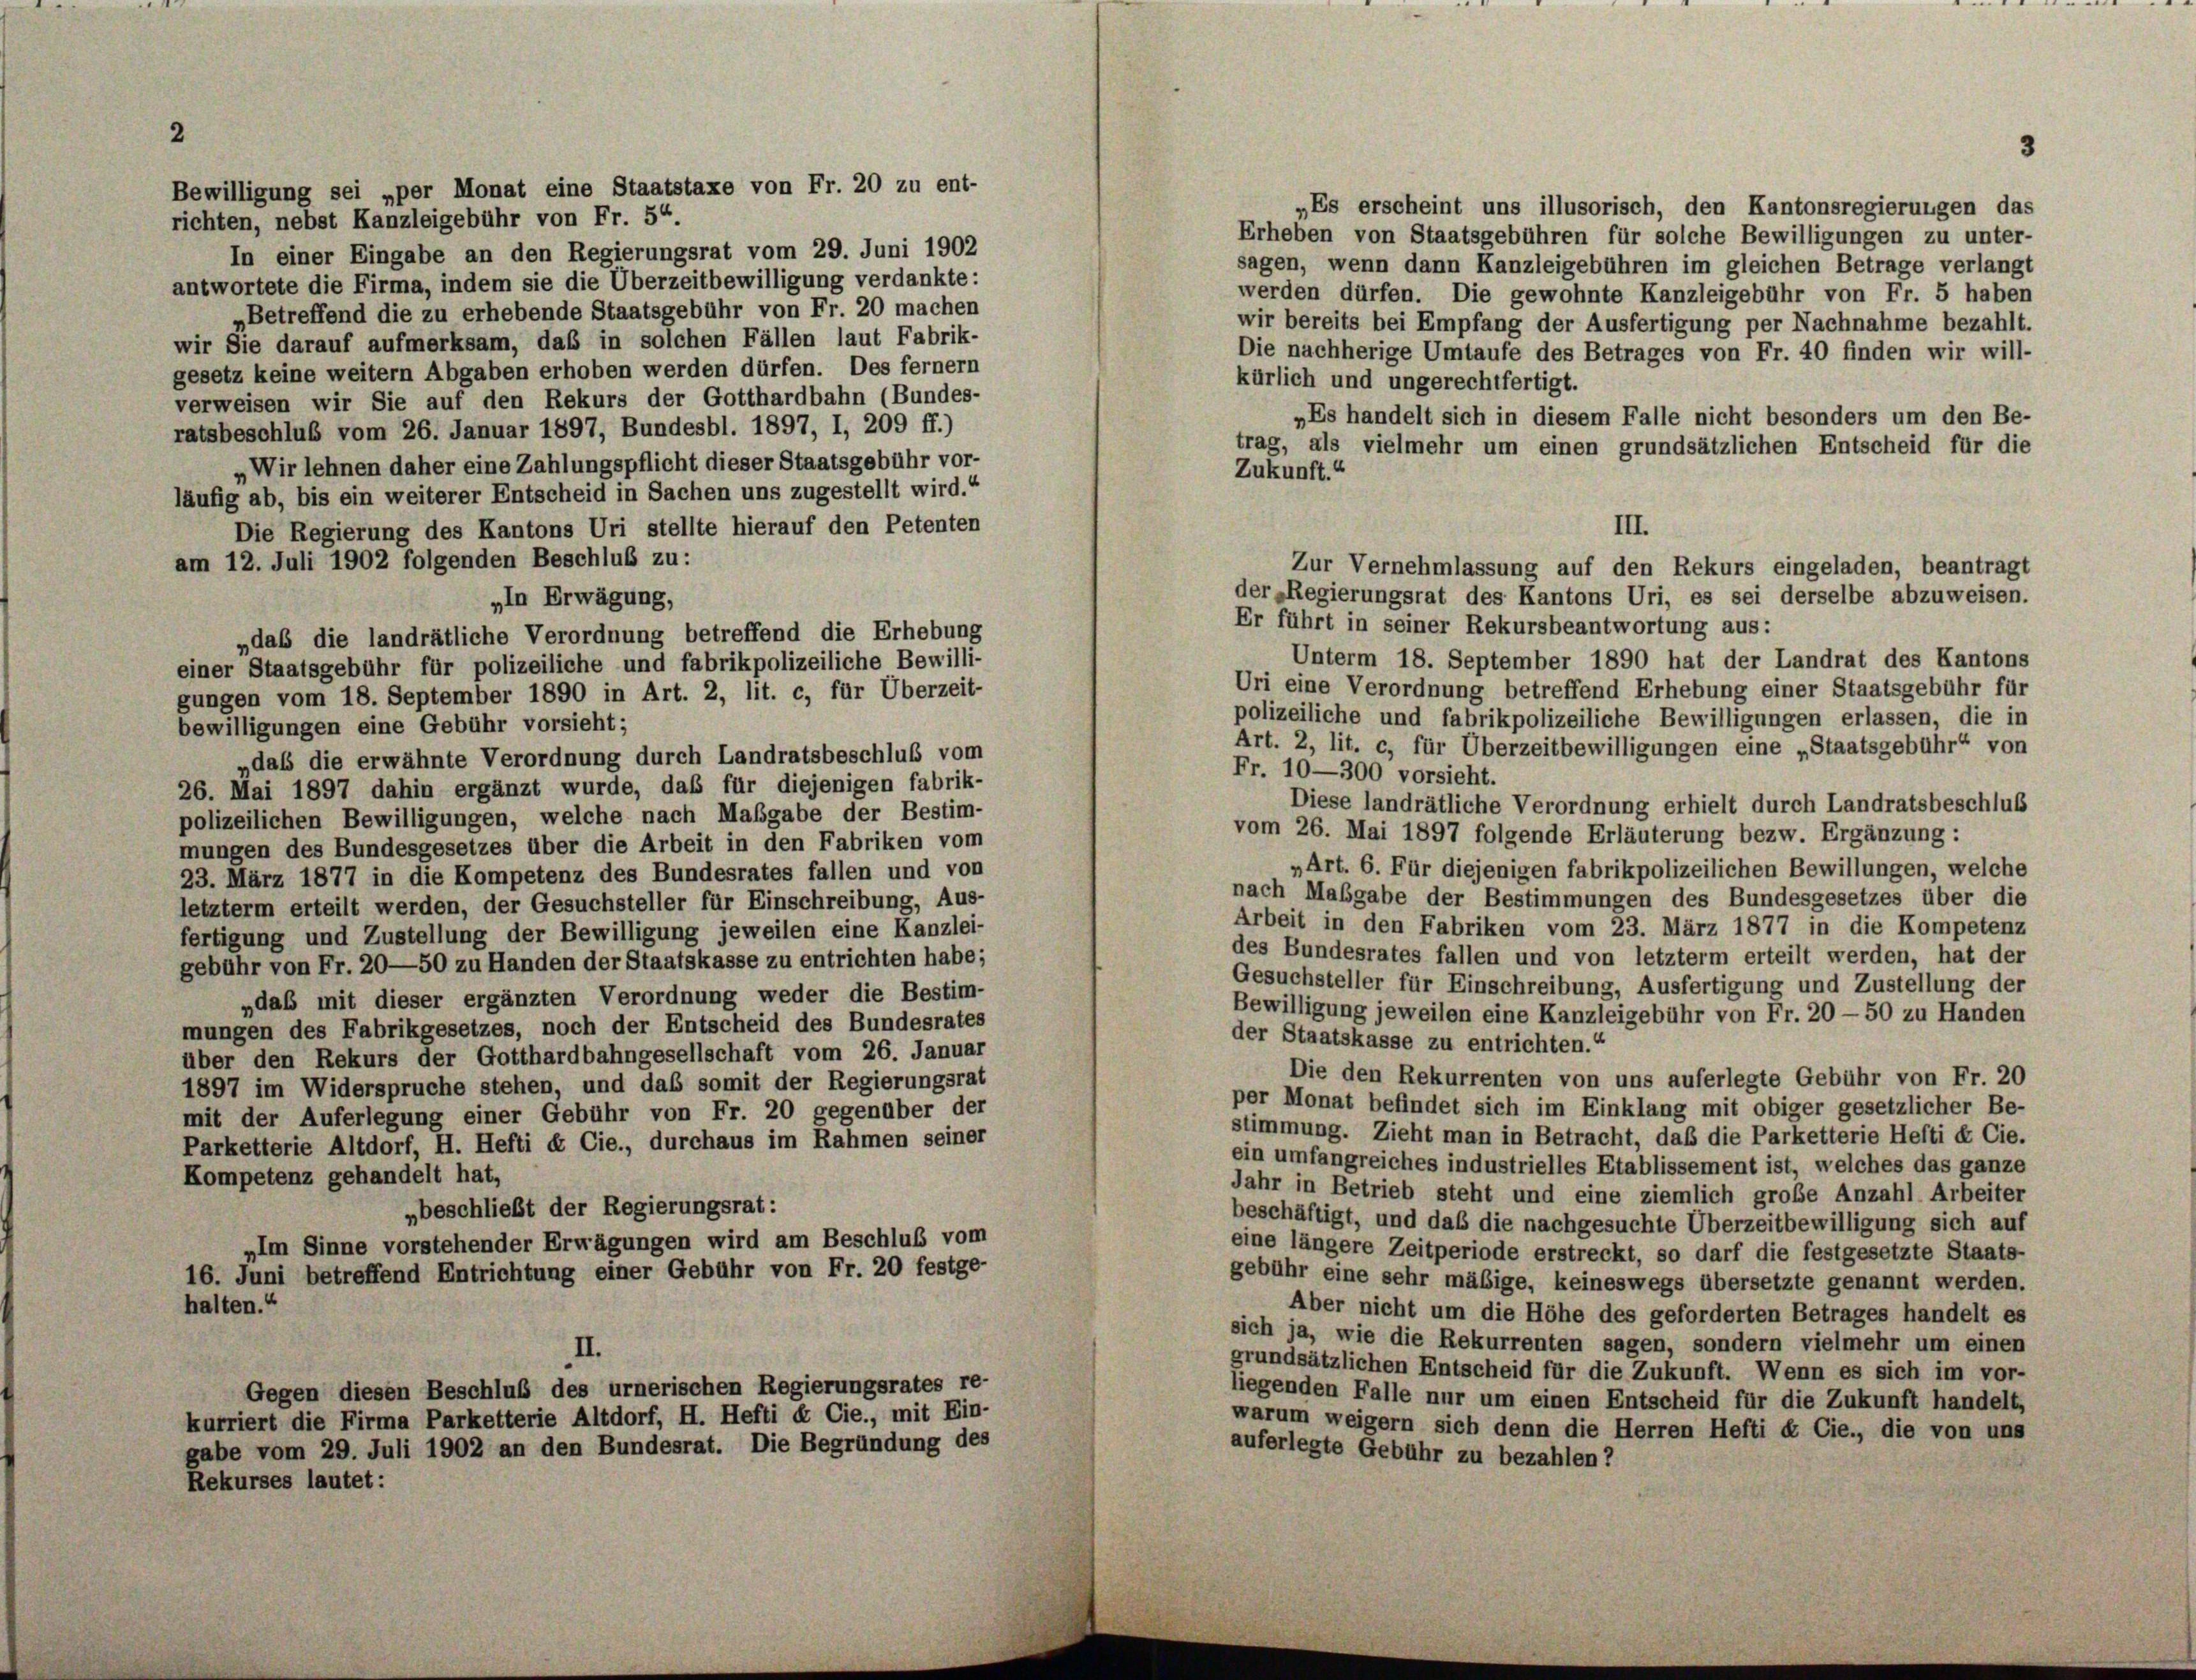
Bewilligung sei „per Monat eine Staatstaxe von Fr. 20 zu ent-
„Es erscheint uns illusorisch, den Kantonsregierungen das
richten, nebst Kanzleigebühr von Fr. 54
Erheben von Staatsgebühren für solche Bewilligungen zu unter-
In einer Eingabe an den Regierungsrat vom 29. Juni 1902
sagen, wenn dann Kanzleigebühren im gleichen Betrage verlangt
antwortete die Firma, indem sie die Überzeitbewilligung verdankte:
werden dürfen. Die gewohnte Kanzleigebühr von Fr. 5 haben
Betreffend die zu erhebende Staatsgebühr von Fr. 20 machen
wir bereits bei Empfang der Ausfertigung per Nachnahme bezahlt.
wir Sie darauf aufmerksam, daß in solchen Fällen laut Fabrik-
Die nachherige Umtaufe des Betrages von Fr. 40 finden wir will-
gesetz keine weitern Abgaben erhoben werden dürfen. Des fernem
kürlich und ungerechtfertigt.
verweisen wir Sie auf den Rekurs der Gotthardbahn (Bundes-
„Es handelt sich in diesem Falle nicht besonders um den Be-
ratsbeschluß vom 26. Januar 1897, Bundesbl. 1897, I, 209 ff.)
trag, als vielmehr um einen grundsätzlichen Entscheid für die
„Wir lehnen daher eine Zahlungspflicht dieser Staatsgebühr vor-
Zukunft.“
läufig ab, bis ein weiterer Entscheid in Sachen uns zugestellt wird.“
Die Regierung des Kantons Uri stellte hierauf den Petenten
am 12. Juli 1902 folgenden Beschluß zu:
der-Regierungsrat des Kantons Uri, es sei derselbe abzuweisen.
„In Erwägung,
Er führt in seiner Rekursbeantwortung aus:
„das die landrätliche Verordnung betreffend die Erhebung
Unterm 18. September 1890 hat der Landrat des Kantons
einer Staatsgebühr für polizeiliche und fabrikpolizeiliche Bewilli-
Uri eine Verordnung betreffend Erhebung einer Staatsgebühr für
gungen vom 18. September 1890 in Art. 2, lit. c, für Überzeit-
polizeiliche und fabrikpolizeiliche Bewilligungen erlassen, die in
bewilligungen eine Gebühr vorsieht;
Art. 2, lit. c, für Überzeitbewilligungen eine „Staatsgebühr“ von
„daß die erwähnte Verordnung durch Landratsbeschluß vom
Fr. 10—300 vorsieht.
26. Mai 1897 dahin ergänzt wurde, daß für diejenigen fabrik-
Diese landrätliche Verordnung erhielt durch Landratsbeschluß
polizeilichen Bewilligungen, welche nach Maßgabe der Bestim-
vom 26. Mai 1897 folgende Erläuterung bezw. Ergänzung :
mungen des Bundesgesetzes über die Arbeit in den Fabriken vom
„Art. 6. Für diejenigen fabrikpolizeilichen Bewillungen, welche
23. März 1877 in die Kompetenz des Bundesrates fallen und von
nach Maßgabe der Bestimmungen des Bundesgesetzes über die
letzterm erteilt werden, der Gesuchsteller für Einschreibung, Aus-
Arbeit in den Fabriken vom 23. März 1877 in die Kompetenz
fertigung und Zustellung der Bewilligung jeweilen eine Kanzlei-
des Bundesrates fallen und von letzterm erteilt werden, hat der
gebühr von Fr. 20—50 zu Handen der Staatskasse zu entrichten habe;
Gesuchsteller für Einschreibung, Ausfertigung und Zustellung der
„das mit dieser ergänzten Verordnung weder die Bestim-
Bewilligung jeweilen eine Kanzleigebühr von Fr. 20 - 50 zu Handen
mungen des Fabrikgesetzes, noch der Entscheid des Bundesrates
der Staatskasse zu entrichten.“
über den Rekurs der Gotthardbahngesellschaft vom 26. Januar
Die den Rekurrenten von uns auferlegte Gebühr von Fr. 20
1897 im Widerspruche stehen, und das somit der Regierungsrat
per Monat befindet sich im Einklang mit obiger gesetzlicher Be-
mit der Auferlegung einer Gebühr von Fr. 20 gegenüber der
stimmung. Zieht man in Betracht, daß die Parketterie Hefti & Cie.
Parketterie Altdorf, H. Hefti & Cie., durchaus im Rahmen seiner
ein umfangreiches industrielles Etablissement ist, welches das ganze
Kompetenz gehandelt hat,
Jahr in Betrieb steht und eine ziemlich große Anzahl Arbeiter
„beschließt der Regierungsrat:
beschäftigt, und daß die nachgesuchte Überzeitbewilligung sich auf
„Im Sinne vorstehender Erwägungen wird am Beschluß vom
eine längere Zeitperiode erstreckt, so darf die festgesetzte Staats-
16. Juni betreffend Entrichtung einer Gebühr von Fr. 20 festge-
gebühr eine sehr mäßige, keineswegs übersetzte genannt werden.
halten.“
Aber nicht um die Höhe des geforderten Betrages handelt es
sich ja, wie die Rekurrenten sagen, sondern vielmehr um einen
II.
grundsätzlichen Entscheid für die Zukunft. Wenn es sich im vor-
Gegen diesen Beschluß des urnerischen Regierungsrates re-
liegenden Falle nur um einen Entscheid für die Zukunft handelt,
kurriert die Firma Parketterie Altdorf, H. Hefti & Cie., mit Ein-
warum weigern sich denn die Herren Hefti & Cie., die von uns
gabe vom 29. Juli 1902 an den Bundesrat. Die Begründung des
auferlegte Gebühr zu bezahlen?
Rekurses lautet:

III.
Zur Vernehmlassung auf den Rekurs eingeladen, beantragt